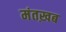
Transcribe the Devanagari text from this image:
मंतख़ब